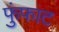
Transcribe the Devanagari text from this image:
फुंफाट